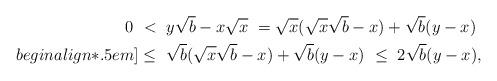
LaTeX: \begin{align*} 0 ~<~ & y \sqrt{b} - x \sqrt{x}~ = \sqrt{x}(\sqrt{x}\sqrt{b} - x) + \sqrt{b}(y-x) \\begin{align*}.5em] \leq~ & \sqrt{b}(\sqrt{x}\sqrt{b} - x) + \sqrt{b}(y-x) ~\leq~ 2\sqrt{b}(y -x), \end{align*}